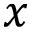
x